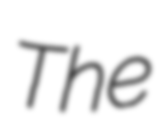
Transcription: The